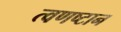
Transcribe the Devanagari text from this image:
त्वणष्टान